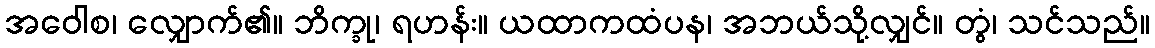
အဝေါစ၊ လျှောက်၏။ ဘိက္ခု၊ ရဟန်း။ ယထာကထံပန၊ အဘယ်သို့လျှင်။ တွံ၊ သင်သည်။